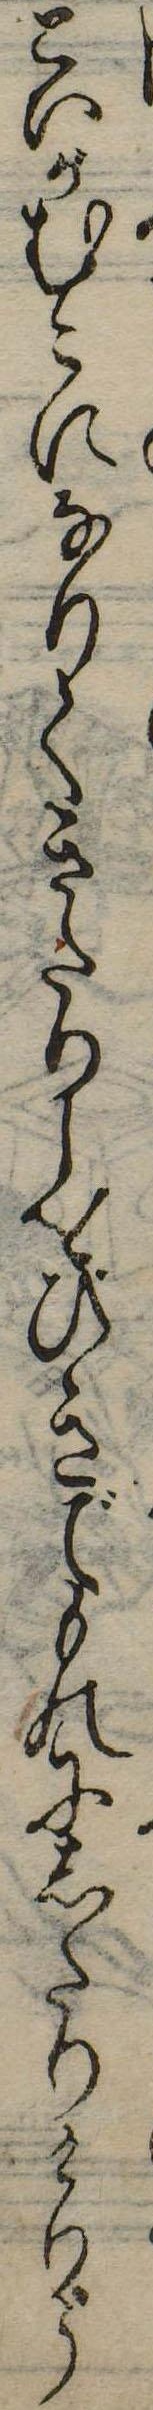
といがむこになりてきたりしをひきでものにしたりけりう